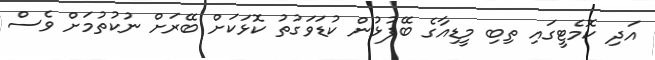
އަދި ކޮމެޓީގައި ތިބި މީޑިއާގެ ބޭފުޅުން ކުޑަވަގުތު ކޮޅަކަށް ބޭރަށް ނުކުތުމަށް ވެސް